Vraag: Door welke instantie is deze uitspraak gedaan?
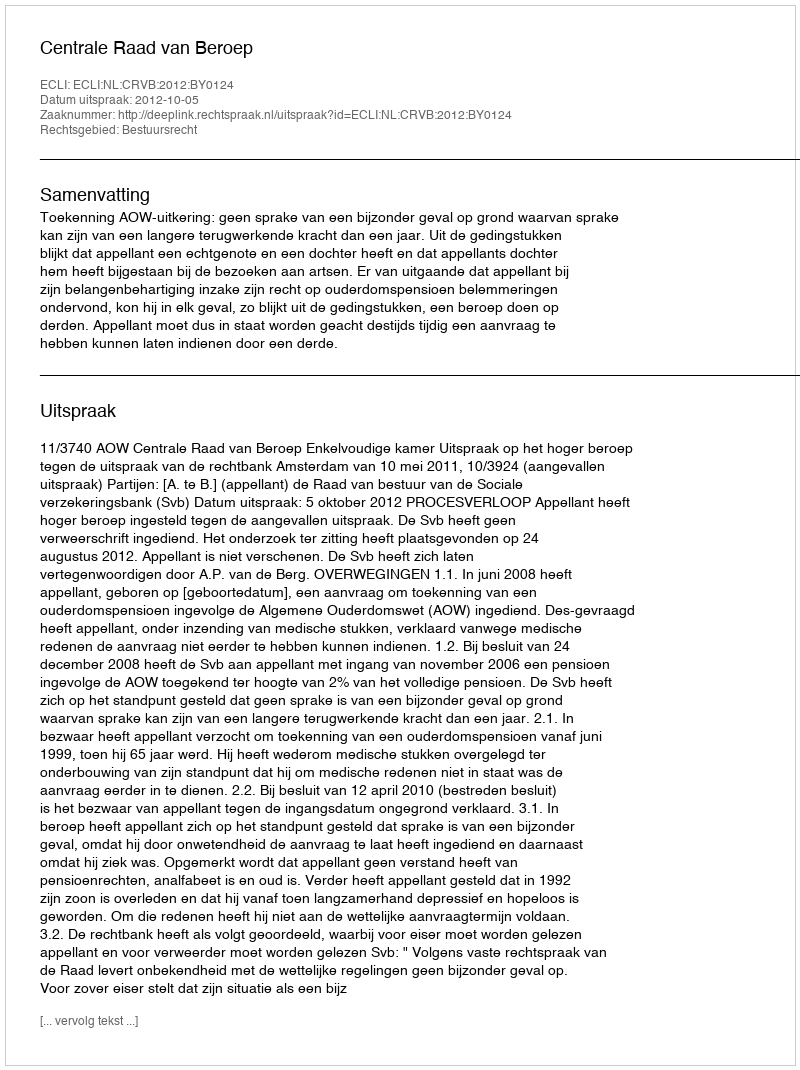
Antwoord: Centrale Raad van Beroep